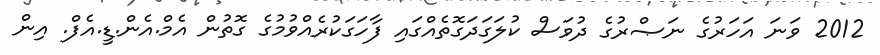
2012 ވަނަ އަހަރުގެ ނަޞްރުގެ ދުވަސް ކުލަގަދަގޮތެއްގައި ފާހަގަކުރެއްވުމުގެ ގޮތުން އެމް.އެން.ޑީ.އެފް. އިން